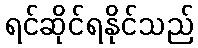
ရင်ဆိုင်ရနိုင်သည်